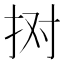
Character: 𢫊